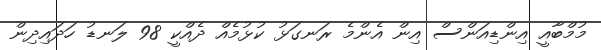
މުމްބާއީ އިންޑިއަންސް އިން އެންމެ ރަނގަޅު ކުޅުމެއް ދެއްކީ 98 ލަނޑު ހަަދައިދިން